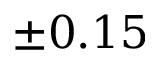
\pm 0 . 1 5